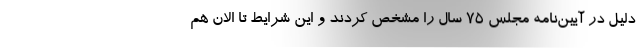
دلیل در آیین‌نامه مجلس 75 سال را مشخص کردند و این شرایط تا الان هم